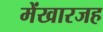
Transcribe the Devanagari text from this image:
मेंखारजह